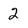
Character: 2